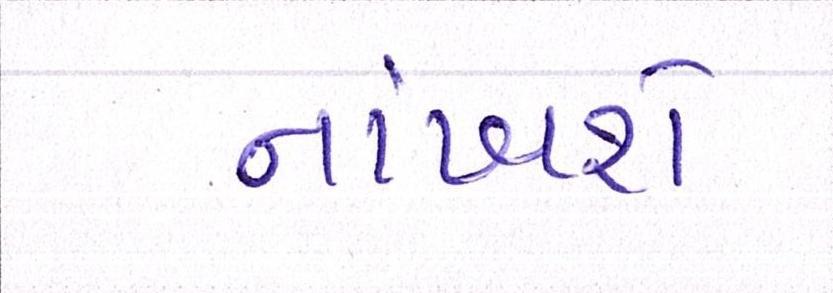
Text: નાંખશે